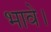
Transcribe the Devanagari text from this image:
भावे।